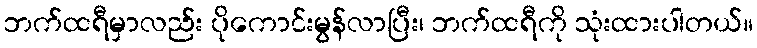
ဘက်ထရီမှာလည်း ပိုကောင်းမွန်လာပြီး၊ ဘက်ထရီကို သုံးထားပါတယ်။